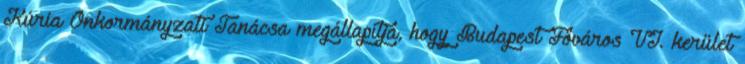
Kúria Önkormányzati Tanácsa megállapítja, hogy Budapest Főváros VI. kerület